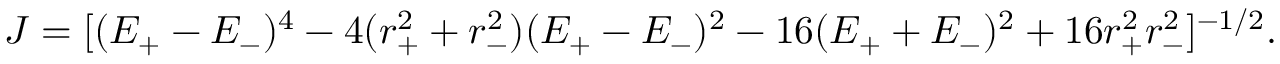
J = [ ( E _ { + } - E _ { - } ) ^ { 4 } - 4 ( r _ { + } ^ { 2 } + r _ { - } ^ { 2 } ) ( E _ { + } - E _ { - } ) ^ { 2 } - 1 6 ( E _ { + } + E _ { - } ) ^ { 2 } + 1 6 r _ { + } ^ { 2 } r _ { - } ^ { 2 } ] ^ { - { 1 / 2 } } .